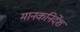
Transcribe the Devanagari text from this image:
मानकनिर्देश